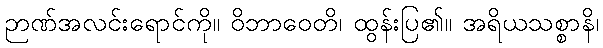
ဉာဏ်အလင်းရောင်ကို။ ဝိဘာဝေတိ၊ ထွန်းပြ၏။ အရိယသစ္စာနိ၊